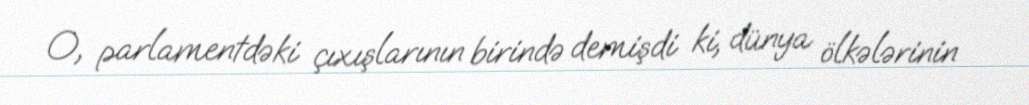
O, parlamentdəki çıxışlarının birində demişdi ki, dünya ölkələrinin